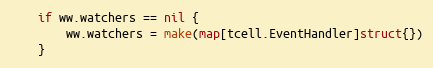
Language: Go
	if ww.watchers == nil {
		ww.watchers = make(map[tcell.EventHandler]struct{})
	}